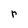
Character: r